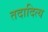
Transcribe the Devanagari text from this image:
तदादित्य